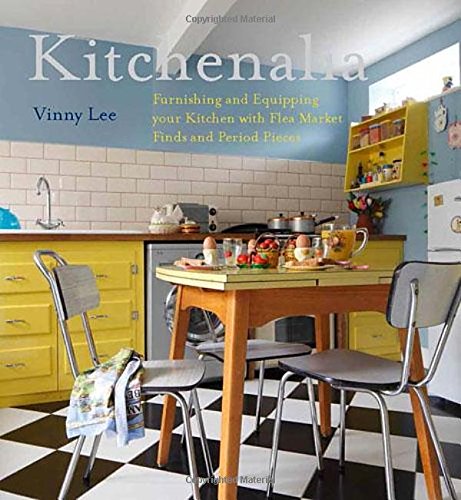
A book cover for Kitchenalia: Furnishing and Equipping your Kitchen with Flea Market Finds and Period Pieces; Vinny Lee; Crafts, Hobbies & Home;